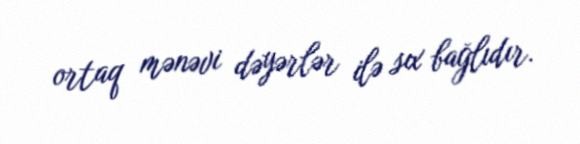
ortaq mənəvi dəyərlər ilə sıx bağlıdır.